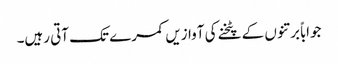
جواباً برتنوں کے پٹخنے کی آوازیں کمرے تک آتی رہیں۔